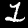
Label: 1